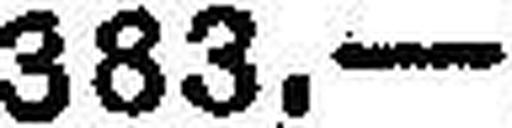
383.—